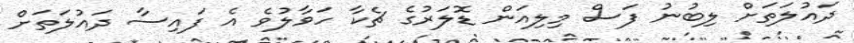
ދައުލަތަށް ލިބުނު ފަސް މިލިއަން ޑޮލަރުގެ ޗެކާ ހަވާލުވެ އެ ފައިސާ ދައުލަތަށް